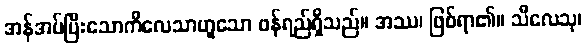
အန်အပ်ပြီးသောကိလေသာဟူသော ဖန်ရည်ရှိသည်။ အဿ၊ ဖြစ်ရာ၏။ သီလေသု၊